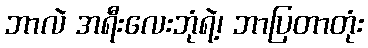
ဘာလဲ အရီးလေးဘုံရဲ့၊ ဘာပြတာတုံး